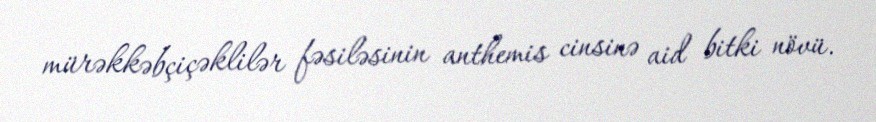
mürəkkəbçiçəklilər fəsiləsinin anthemis cinsinə aid bitki növü.